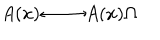
A ( x ) \longleftrightarrow A ( x ) \Omega